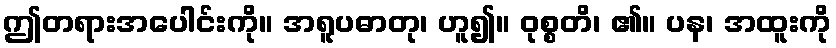
ဤတရားအပေါင်းကို။ အရူပဓာတု၊ ဟူ၍။ ဝုစ္စတိ၊ ၏။ ပန၊ အထူးကို